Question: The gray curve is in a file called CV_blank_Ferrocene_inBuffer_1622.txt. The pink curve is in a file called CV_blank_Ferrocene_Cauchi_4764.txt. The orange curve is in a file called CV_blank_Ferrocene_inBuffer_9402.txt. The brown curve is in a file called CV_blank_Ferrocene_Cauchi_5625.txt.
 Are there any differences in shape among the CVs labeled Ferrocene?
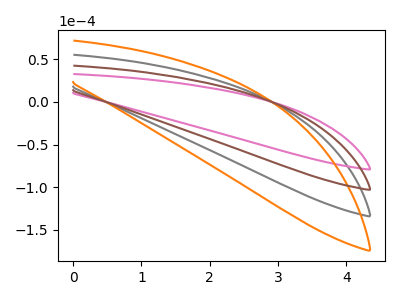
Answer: <think>The gray curve "Ferrocene blank1" has no peaks. The pink curve "Ferrocene blank2" has no peaks. The orange curve "Ferrocene blank3" has no peaks. The brown curve "Ferrocene blank4" has no peaks.
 Neither "Ferrocene blank1" or "Ferrocene blank2" have any peaks. Neither "Ferrocene blank1" or "Ferrocene blank3" have any peaks. Neither "Ferrocene blank1" or "Ferrocene blank4" have any peaks. Neither "Ferrocene blank2" or "Ferrocene blank3" have any peaks. Neither "Ferrocene blank2" or "Ferrocene blank4" have any peaks. Neither "Ferrocene blank3" or "Ferrocene blank4" have any peaks.</think>
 <answer>All the CV's of "Ferrocene" have similar shape.</answer>
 <eval>follow_rule</eval>